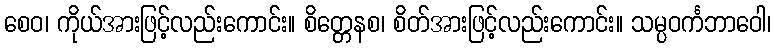
စေဝ၊ ကိုယ်အားဖြင့်လည်းကောင်း။ စိတ္တေနစ၊ စိတ်အားဖြင့်လည်းကောင်း။ သမ္ပဝင်္ကဘာဝေါ၊